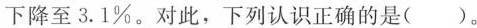
下降至3.1%。对此，下列认识正确的是( )。